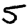
Digit: 5